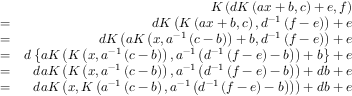
\begin{array} { r l r } & { } & { K \left( d K \left( a x + b , c \right) + e , f \right) } \\ & { = } & { d K \left( K \left( a x + b , c \right) , d ^ { - 1 } \left( f - e \right) \right) + e } \\ & { = } & { d K \left( a K \left( x , a ^ { - 1 } \left( c - b \right) \right) + b , d ^ { - 1 } \left( f - e \right) \right) + e } \\ & { = } & { d \left\{ a K \left( K \left( x , a ^ { - 1 } \left( c - b \right) \right) , a ^ { - 1 } \left( d ^ { - 1 } \left( f - e \right) - b \right) \right) + b \right\} + e } \\ & { = } & { d a K \left( K \left( x , a ^ { - 1 } \left( c - b \right) \right) , a ^ { - 1 } \left( d ^ { - 1 } \left( f - e \right) - b \right) \right) + d b + e } \\ & { = } & { d a K \left( x , K \left( a ^ { - 1 } \left( c - b \right) , a ^ { - 1 } \left( d ^ { - 1 } \left( f - e \right) - b \right) \right) \right) + d b + e } \end{array}